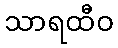
သာရထီဝ